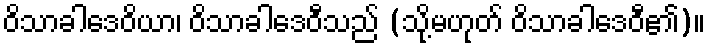
ဝိသာခါဒေဝိယာ၊ ဝိသာခါဒေဝီသည် (သို့မဟုတ် ဝိသာခါဒေဝီ၏)။